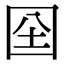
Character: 囶